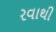
રવાથી